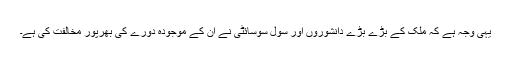
یہی وجہ ہے کہ ملک کے بڑے بڑے دانشوروں اور سول سوسائٹی نے ان کے موجودہ دورے کی بھرپور مخالفت کی ہے۔